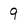
Character: 9